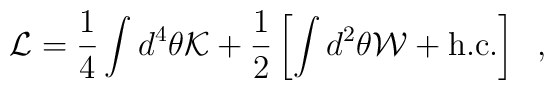
{\cal L} = \frac{1}{4} \int d^4 \theta {\cal K} + \frac{1}{2}\left[ \int d^2 \theta {\cal W} + {\rm h.c.} \right] \;\;,